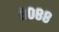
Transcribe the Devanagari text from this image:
८०८८